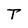
Character: T